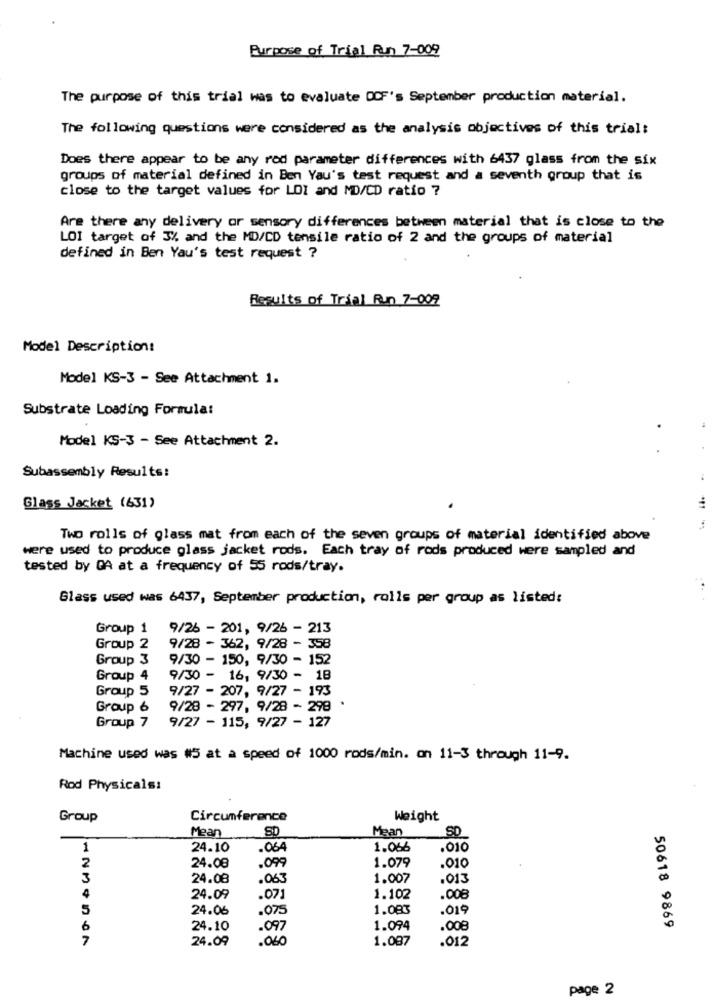
Purpose of Trial Run 7-009
The purpose of this trial was to evaluate OCF's September production material.
The following questions were considered as the analysis objectives of this trial:
Does there appear to be any rod parameter differences with 6437 glass from the six
groups of material defined in Ben Yau's test request and a seventh group that is
close to the target values for LOI and MD/CD ratio ?
Are there any delivery or sensory differences between material that is close to the
LOI target of 3% and the MD/CD tensile ratio of 2 and the groups of material
defined in Ben Yau's test request ?
Results of Trial Run 7-002
Model Description:
Model KS-3 - See Attachment 1.
Substrate Loading Formula:
Model KS-3 - See Attachment 2.
Subassembly Results:
Glass Jacket (631)
Two rolls of glass mat from each of the seven groups of material identified above
were used to produce glass jacket rods. Each tray of rods produced were sampled and
tested by DA at a frequency of 55 rods/tray.
Glass used was 6437, September production, rolls per group as listed:
Group 1
9/26 - 201, 9/26 - 213
Group 2
9/28 - 362, 9/28 - 358
Group 3
9/30 - 150, 9/30 - 152
Group 4
9/30 - 16, 9/30 - 18
Group 5
9/27 - 207, 9/27 - 193
Group 6
9/28 - 297, 9/28 - 298
9/27 - 115, 9/27 - 127
Group 7
Machine used was #5 at a speed of 1000 rods/min. on 11-3 through 11-9.
Rod Physicals:
Group
Circumference
Weight
Mean
SD
Mean
SD
1
24.10
.064
1.066
.010
2
1.079
24.08
.099
.010
3
24.08
.063
1.007
.013
4
24.09
.07
1.102
.008
5
24.06
.075
1.083
.019
6
24.10
.097
1.094
.008
50618 9869
7
24.09
.060
1.087
.012
page 2